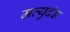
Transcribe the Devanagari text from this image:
म्रत्युदंड